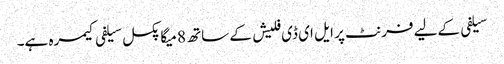
سیلفی کےلیے فرنٹ پر ایل ای ڈی فلیش کے ساتھ 8 میگا پکسل سیلفی کیمرہ ہے۔